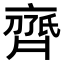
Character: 𬹱